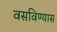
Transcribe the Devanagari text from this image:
वसविण्यास